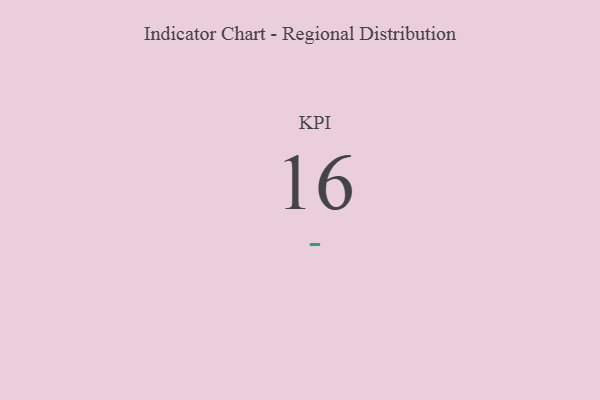
{"axis": {"x": "KPI", "y": "Value"}, "legend": [""], "data": [{"x": "KPI", "y": 16, "type": ""}]}